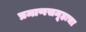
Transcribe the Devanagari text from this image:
प्रमाणसमूहाचा